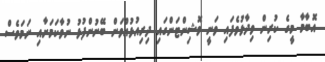
އޮބާމާ މީގެ ކުރިން ވިދާޅުވެފައި ވަނީ ވޮޝިންޓަންގައި ދިރިއުޅުއްވަން ބޭނުންފުޅު ނުވާކަމަށާއި ނަމަވެސް